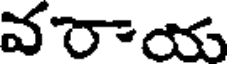
వరాయ